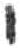
אות: י